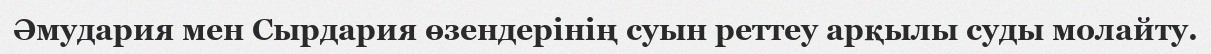
Әмудария мен Сырдария өзендерінің суын реттеу арқылы суды молайту.